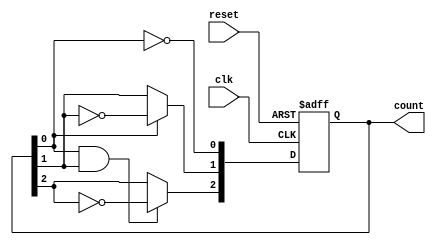
module async_counter (
    input wire clk,          // Clock input
    input wire reset,        // Asynchronous reset
    output reg [2:0] count   // 3-bit output count
);

// Always block triggered on the clock's rising edge or reset
always @(posedge clk or posedge reset) begin
    if (reset) begin
        count <= 3'b000;    // Reset the counter to 0
    end else begin
        // T flip-flop behavior
        count[0] <= ~count[0]; // Toggle the least significant bit
        count[1] <= count[0] ? ~count[1] : count[1]; // Toggle if count[0] was 1
        count[2] <= (count[0] & count[1]) ? ~count[2] : count[2]; // Toggle if both count[0] and count[1] are 1
    end
end

endmodule